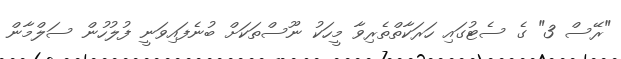
"ރޭސް 3" ގެ ސެޓުގައި ހަރަކާތްތެރިވާ މީހަކު ނޫސްތަކަށް ބުނެފައިވަނީ ފުލުހުން ސަލްމާން